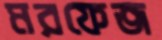
মরফেজ